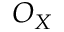
O _ { X }